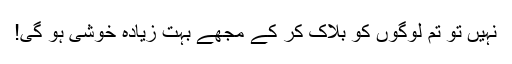
نہیں تو تم لوگوں کو بلاک کر کے مجھے بہت زیادہ خوشی ہو گی!